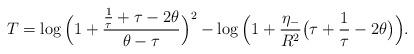
LaTeX: \begin{align*} T&=\log\Big(1+\frac{\frac{1}{\tau}+\tau-2\theta}{\theta-\tau}\Big)^2 -\log\Big(1+\frac{\eta_{-}}{R^2} \big(\tau +\frac{1}{\tau}-2\theta\big)\Big). \end{align*}